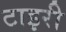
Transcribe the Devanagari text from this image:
टाइरी